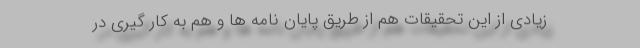
زیادی از این تحقیقات هم از طریق پایان نامه ها و هم به کار گیری در